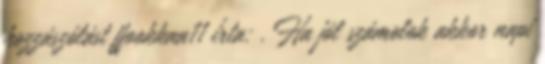
hozzászólást ffookkaa11 írta: . Ha jól számolok akkor napi